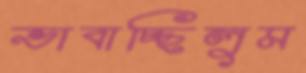
ভাবাচ্ছিলুম